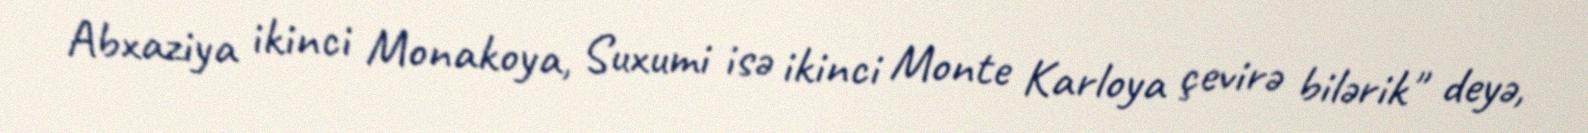
Abxaziya ikinci Monakoya, Suxumi isə ikinci Monte Karloya çevirə bilərik" deyə,